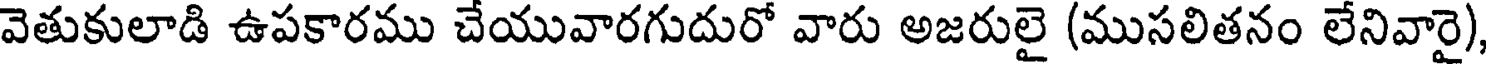
వెతుకులాడి ఉపకారము చేయువారగుదురో వారు అజరులై (ముసలితనం లేనివారై)